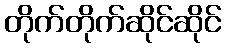
တိုက်တိုက်ဆိုင်ဆိုင်